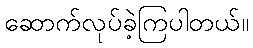
ဆောက်လုပ်ခဲ့ကြပါတယ်။